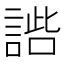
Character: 𧩢